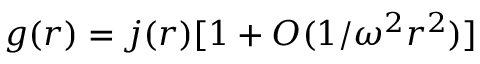
g ( r ) = j ( r ) [ 1 + { \cal O } ( 1 / \omega ^ { 2 } r ^ { 2 } ) ]